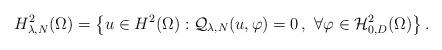
LaTeX: \begin{align*}H^2_{\lambda,N}(\Omega)=\left\{u\in H^2(\Omega):\mathcal{Q}_{\lambda,N}(u,\varphi)=0\,,\ \forall\varphi\in \mathcal{H}^2_{0,D}(\Omega)\right\}.\end{align*}